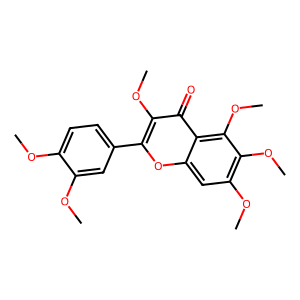
SMILES: COc1ccc(-c2oc3cc(OC)c(OC)c(OC)c3c(=O)c2OC)cc1OC
Inhibits HIV replication: No